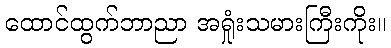
ထောင်ထွက်ဘာညာ အရှုံးသမားကြီးကိုး။